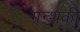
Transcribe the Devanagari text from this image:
ग्रन्थकी